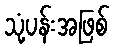
သုံ့ပန်းအဖြစ်